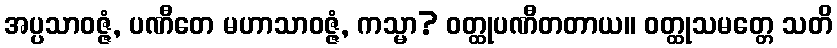
အပ္ပသာဝဇ္ဇံ, ပဏီတေ မဟာသာဝဇ္ဇံ, ကသ္မာ? ဝတ္ထုပဏီတတာယ။ ဝတ္ထုသမတ္တေ သတိ